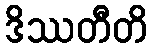
ဒိဿတီတိ